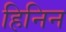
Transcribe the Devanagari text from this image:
हिनिन